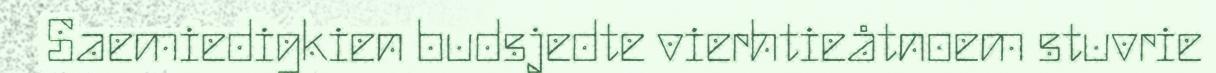
Saemiedigkien budsjedte vierhtieåtnoem stuvrie